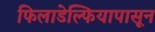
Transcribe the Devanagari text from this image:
फिलाडेल्फियापासून